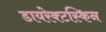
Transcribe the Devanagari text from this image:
डायरेक्टस्किन